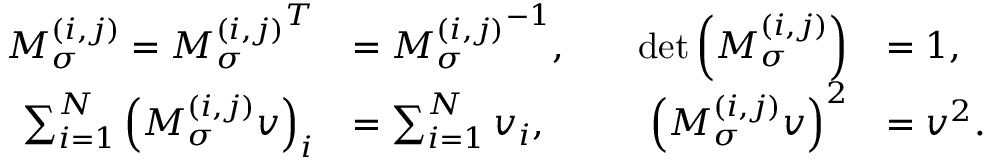
\begin{array} { r l r l } { \boldsymbol { M } _ { \sigma } ^ { ( i , j ) } = { \boldsymbol { M } _ { \sigma } ^ { ( i , j ) } } ^ { T } } & { = { \boldsymbol { M } _ { \sigma } ^ { ( i , j ) } } ^ { - 1 } , \quad } & { \operatorname* { d e t } \left( \boldsymbol { M } _ { \sigma } ^ { ( i , j ) } \right) } & { = 1 , } \\ { \sum _ { i = 1 } ^ { N } \left( \boldsymbol { M } _ { \sigma } ^ { ( i , j ) } \boldsymbol { v } \right) _ { i } } & { = \sum _ { i = 1 } ^ { N } \boldsymbol { v } _ { i } , \quad } & { \left( \boldsymbol { M } _ { \sigma } ^ { ( i , j ) } \boldsymbol { v } \right) ^ { 2 } } & { = \boldsymbol { v } ^ { 2 } . } \end{array}